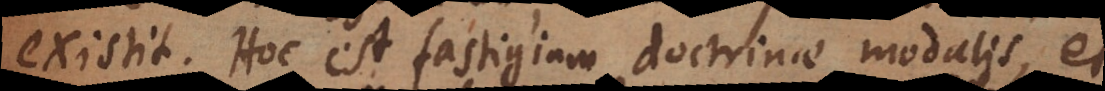
existit. Hoc est fastigium doctrinae modalis, et